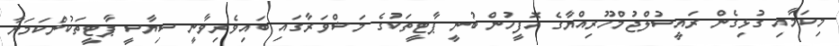
މިކަމާއި ގުޅިގެން ރައީސުލްޖުމްހޫރިއްޔާގެ އޮފީހުން ބުނީ ޕާޓީތަކުގެ މަޝްވަރާގައި ބައިވެރިވާނީ ސިޔާސީ ޕާޓީތަކުންކަމަށާ